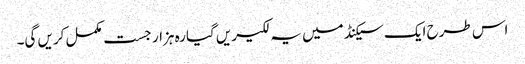
اس طرح ایک سیکنڈ میں یہ لکیریں گیارہ ہزار جست مکمل کریں گی۔